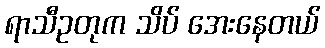
ရာသီဥတုက သိပ် အေးနေတယ်